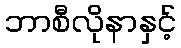
ဘာစီလိုနာနှင့်